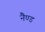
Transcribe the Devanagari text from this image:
नैण्ड